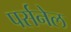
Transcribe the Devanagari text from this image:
पर्सनेल